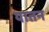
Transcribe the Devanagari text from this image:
यातन